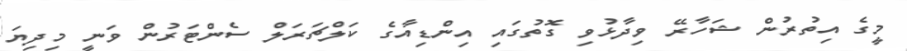
މީގެ އިތުރުން ޝަހާރޭ ވިދާޅުވި ގޮތުގައި އިންޑިއާގެ ކަލްޗަރަލް ސެންޓަރުން ވަނީ މިދިޔަ